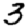
Digit: 3